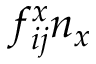
f _ { i j } ^ { x } n _ { x }